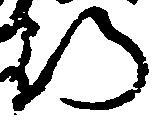
行